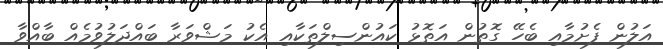
އަލުން ފެށުމާއި ބެހޭ ގޮތުން އަތޮޅު ކައުންސިލްތަކާއި އެކު މަޝްވަރާ ބައްދަލުވުމެއް ބާއްވާ